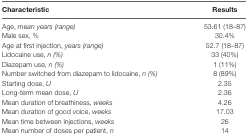
<table><thead><tr><td><b>Characteristic</b></td><td><b>Results</b></td></tr></thead><tbody><tr><td>Age, <i>mean years (range)</i></td><td>53.61 (18–87)</td></tr><tr><td>Male sex, %</td><td>30.4%</td></tr><tr><td>Age at first injection, <i>years (range)</i></td><td>52.7 (18–87)</td></tr><tr><td>Lidocaine use, <i>n (%)</i></td><td>33 (40%)</td></tr><tr><td>Diazepam use, <i>n (%)</i></td><td>1 (11%)</td></tr><tr><td>Number switched from diazepam to lidocaine, <i>n (%)</i></td><td>8 (89%)</td></tr><tr><td>Starting dose, <i>U</i></td><td>2.35</td></tr><tr><td>Long-term mean dose, <i>U</i></td><td>2.36</td></tr><tr><td>Mean duration of breathiness, <i>weeks</i></td><td>4.26</td></tr><tr><td>Mean duration of good voice, <i>weeks</i></td><td>17.03</td></tr><tr><td>Mean time between injections, <i>weeks</i></td><td>26</td></tr><tr><td>Mean number of doses per patient, <i>n</i></td><td>14</td></tr></tbody></table>